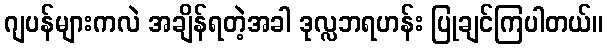
ဂျပန်များကလဲ အချိန်ရတဲ့အခါ ဒုလ္လဘရဟန်း ပြုချင်ကြပါတယ်။